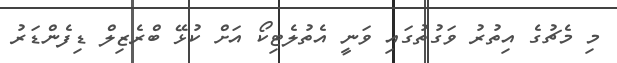
މި މެޗުގެ އިތުރު ވަގުތުގައި ވަނީ އެތުލެޓިކޯ އަށް ކުޅޭ ބްރެޒިލް ޑިފެންޑަރު